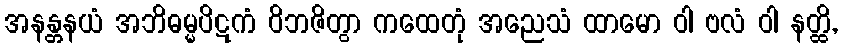
အနန္တနယံ အဘိဓမ္မပိဋကံ ဝိဘဇိတွာ ကထေတုံ အညေသံ ထာမော ဝါ ဗလံ ဝါ နတ္ထိ,